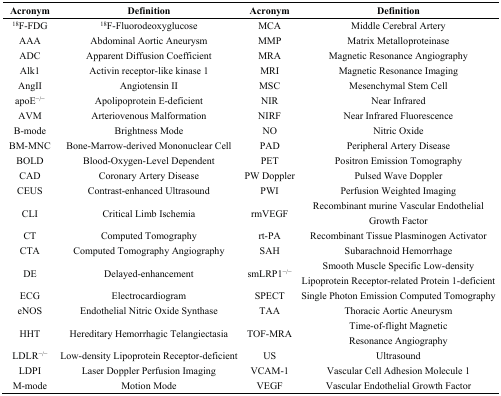
<table><thead><tr><td><b>Acronym</b></td><td><b>Definition</b></td><td><b>Acronym</b></td><td><b>Definition</b></td></tr></thead><tbody><tr><td><sup>18</sup>F-FDG</td><td><sup>18</sup>F-Fluorodeoxyglucose</td><td>MCA</td><td>Middle Cerebral Artery</td></tr><tr><td>AAA</td><td>Abdominal Aortic Aneurysm</td><td>MMP</td><td>Matrix Metalloproteinase</td></tr><tr><td>ADC</td><td>Apparent Diffusion Coefficient</td><td>MRA</td><td>Magnetic Resonance Angiography</td></tr><tr><td>Alk1</td><td>Activin receptor-like kinase 1</td><td>MRI</td><td>Magnetic Resonance Imaging</td></tr><tr><td>AngII</td><td>Angiotensin II</td><td>MSC</td><td>Mesenchymal Stem Cell</td></tr><tr><td>apoE<sup>−/−</sup></td><td>Apolipoprotein E-deficient</td><td>NIR</td><td>Near Infrared</td></tr><tr><td>AVM</td><td>Arteriovenous Malformation</td><td>NIRF</td><td>Near Infrared Fluorescence</td></tr><tr><td>B-mode</td><td>Brightness Mode</td><td>NO</td><td>Nitric Oxide</td></tr><tr><td>BM-MNC</td><td>Bone-Marrow-derived Mononuclear Cell</td><td>PAD</td><td>Peripheral Artery Disease</td></tr><tr><td>BOLD</td><td>Blood-Oxygen-Level Dependent</td><td>PET</td><td>Positron Emission Tomography</td></tr><tr><td>CAD</td><td>Coronary Artery Disease</td><td>PW Doppler</td><td>Pulsed Wave Doppler</td></tr><tr><td>CEUS</td><td>Contrast-enhanced Ultrasound</td><td>PWI</td><td>Perfusion Weighted Imaging</td></tr><tr><td>CLI</td><td>Critical Limb Ischemia</td><td>rmVEGF</td><td>Recombinant murine Vascular Endothelial Growth Factor</td></tr><tr><td>CT</td><td>Computed Tomography</td><td>rt-PA</td><td>Recombinant Tissue Plasminogen Activator</td></tr><tr><td>CTA</td><td>Computed Tomography Angiography</td><td>SAH</td><td>Subarachnoid Hemorrhage</td></tr><tr><td>DE</td><td>Delayed-enhancement</td><td>smLRP1<sup>−/−</sup></td><td>Smooth Muscle Specific Low-density Lipoprotein Receptor-related Protein 1-deficient</td></tr><tr><td>ECG</td><td>Electrocardiogram</td><td>SPECT</td><td>Single Photon Emission Computed Tomography</td></tr><tr><td>eNOS</td><td>Endothelial Nitric Oxide Synthase</td><td>TAA</td><td>Thoracic Aortic Aneurysm</td></tr><tr><td>HHT</td><td>Hereditary Hemorrhagic Telangiectasia</td><td>TOF-MRA</td><td>Time-of-flight Magnetic Resonance Angiography</td></tr><tr><td>LDLR<sup>−/−</sup></td><td>Low-density Lipoprotein Receptor-deficient</td><td>US</td><td>Ultrasound</td></tr><tr><td>LDPI</td><td>Laser Doppler Perfusion Imaging</td><td>VCAM-1</td><td>Vascular Cell Adhesion Molecule 1</td></tr><tr><td>M-mode</td><td>Motion Mode</td><td>VEGF</td><td>Vascular Endothelial Growth Factor</td></tr></tbody></table>